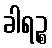
ခါရဉ္စ